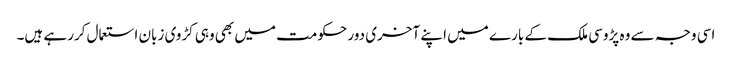
اسی وجہ سے وہ پڑوسی ملک کے بارے میں اپنے آخری دور حکومت میں بھی وہی کڑوی زبان استعمال کررہے ہیں۔